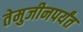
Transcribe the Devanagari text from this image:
तेमुजीनपर्यंत